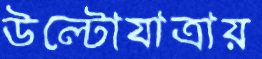
উল্টোযাত্রায়